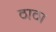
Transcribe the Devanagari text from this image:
ठाठा